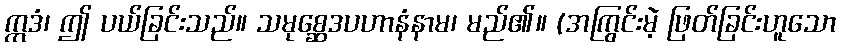
ဣဒံ၊ ဤ ပယ်ခြင်းသည်။ သမုစ္ဆေဒပဟာနံနာမ၊ မည်၏။ (အကြွင်းမဲ့ ဖြတ်ခြင်းဟူသော